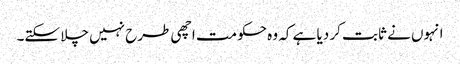
انہوں نے ثابت کر دیا ہے کہ وہ حکومت اچھی طرح نہیں چلا سکتے۔